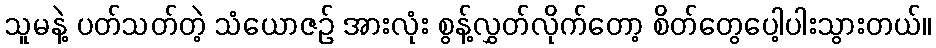
သူမနဲ့ ပတ်သတ်တဲ့ သံယောဇဉ် အားလုံး စွန့်လွှတ်လိုက်တော့ စိတ်တွေပေါ့ပါးသွားတယ်။